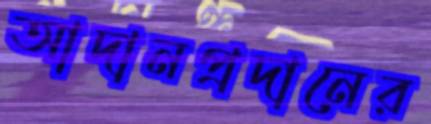
আদানপ্রদানের